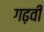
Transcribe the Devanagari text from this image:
गढ़वी